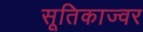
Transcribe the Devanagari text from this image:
सूतिकाज्वर